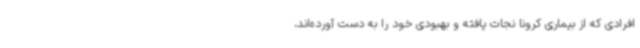
افرادی که از بیماری کرونا نجات یافته و بهبودی خود را به دست آورده‌اند،